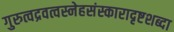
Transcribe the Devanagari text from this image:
गुरुत्वद्रवत्वस्नेहसंस्कारादृष्टशब्दा